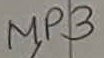
Text: MP3